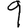
Digit: 9